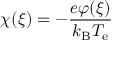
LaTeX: \chi ( \xi ) = - { \frac { e \varphi ( \xi ) } { k _ { \mathrm { B } } T _ { \mathrm { e } } } }